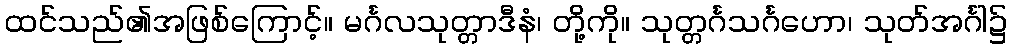
ထင်သည်၏အဖြစ်ကြောင့်။ မင်္ဂလသုတ္တာဒီနံ၊ တို့ကို။ သုတ္တင်္ဂသင်္ဂဟော၊ သုတ်အင်္ဂါ၌